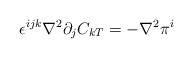
\begin{align*}\epsilon^{ijk} \nabla^2 \partial_j C_{kT}= -\nabla^2 \pi^i\end{align*}